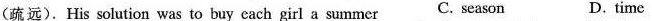
(疏远).His solution was to buy cach girl a summer C. season D. time